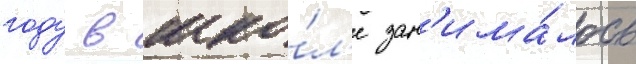
году в шко́л'е зан'има́лось